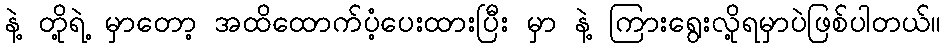
နဲ့ တို့ရဲ့ မှာတော့ အထိထောက်ပံ့ပေးထားပြီး မှာ နဲ့ ကြားရွေးလို့ရမှာပဲဖြစ်ပါတယ်။